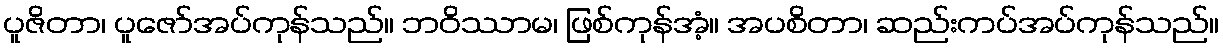
ပူဇိတာ၊ ပူဇော်အပ်ကုန်သည်။ ဘဝိဿာမ၊ ဖြစ်ကုန်အံ့။ အပစိတာ၊ ဆည်းကပ်အပ်ကုန်သည်။